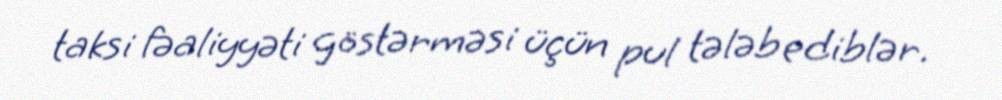
taksi fəaliyyəti göstərməsi üçün pul tələb ediblər.